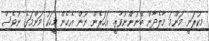
މިކުރަނީ މަންމަ މާލެދާން ބޭނުންނުވާތީ. އަހަރެން ނޫން އެހެން މީހަކު މަންމަގެ ނުވެސް